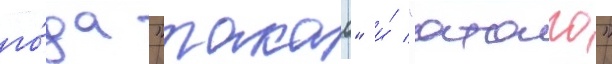
го́да "такао" и́ "атаго"